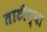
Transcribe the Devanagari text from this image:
ताटीच्या